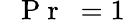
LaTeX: \mathrm{~\textit~{~P~r~}~}=1